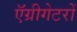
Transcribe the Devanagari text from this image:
ऍग्रीगेटरों